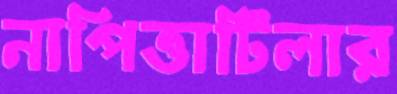
নাপিত্তাটিলার